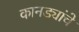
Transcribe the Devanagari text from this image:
कानड्यांचे